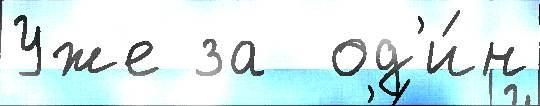
Уже за  од'и́н